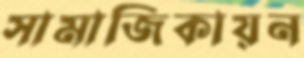
সামাজিকায়ন